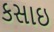
કસાઇ